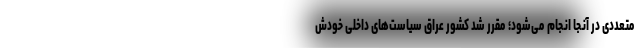
متعددی در آنجا انجام می‌شود؛ مقرر شد کشور عراق سیاست‌های داخلی خودش